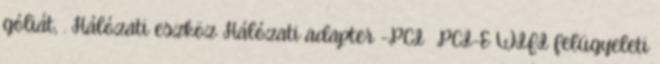
góliát, . Hálózati eszköz Hálózati adapter -PCI PCI-E WIFI felügyeleti